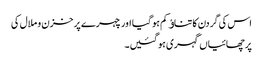
اس کی گردن کا تناﺅ کم ہو گیا اور چہرے پر خزن و ملال کی
پرچھائیاں گہری ہو گئیں۔